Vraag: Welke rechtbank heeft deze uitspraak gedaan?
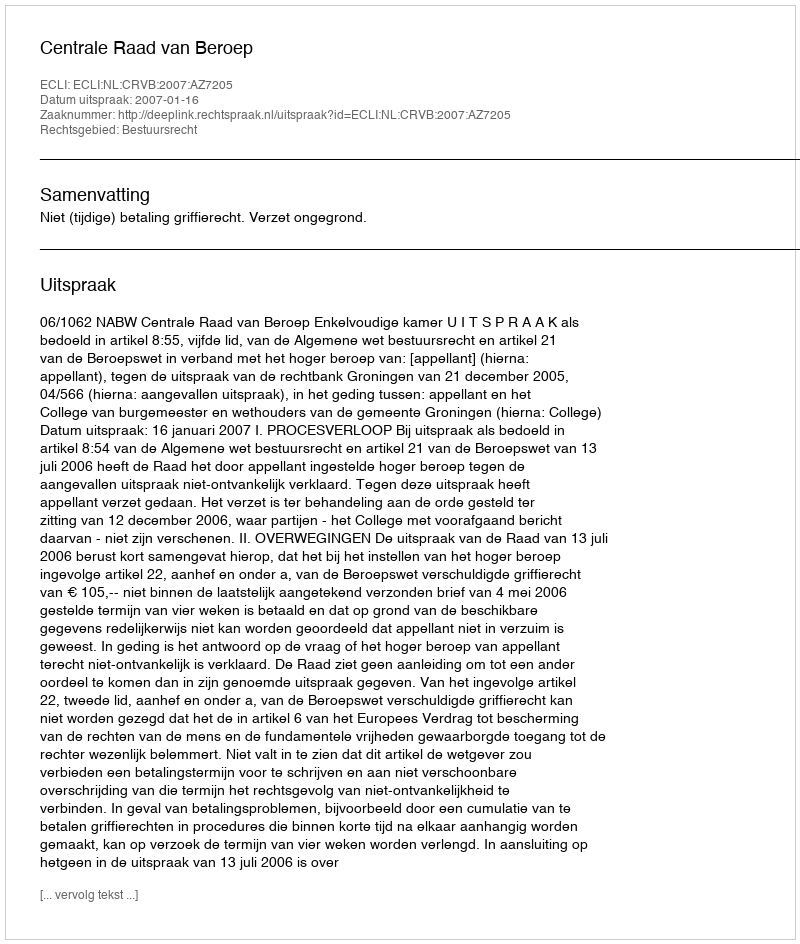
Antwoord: Centrale Raad van Beroep